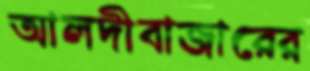
আলদীবাজারের